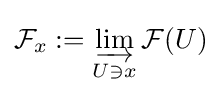
{\mathcal {F}}_{x}:=\varinjlim _{U\ni x}{\mathcal {F}}(U)